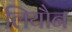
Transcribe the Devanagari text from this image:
लियौन